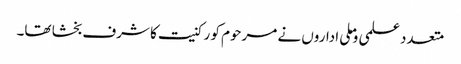
متعدد علمی وملی اداروں نے مرحوم کو رکنیت کا شرف بخشا تھا۔